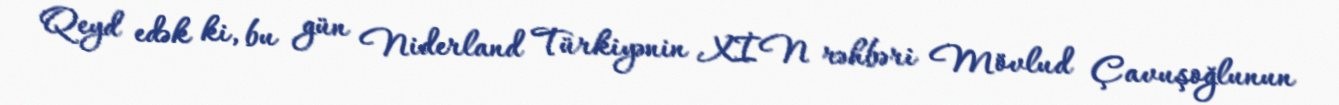
Qeyd edək ki, bu gün Niderland Türkiyənin XİN rəhbəri Mövlud Çavuşoğlunun